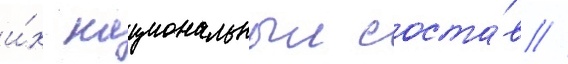
и́х национальныи соста́в //